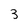
Character: 3